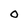
Character: 0